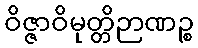
ဝိဇ္ဇာဝိမုတ္တိဉာဏဉ္စ